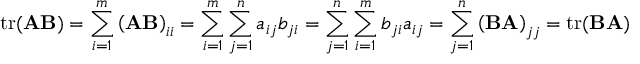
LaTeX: \operatorname { t r } ( \mathbf { A } \mathbf { B } ) = \sum _ { i = 1 } ^ { m } \left( \mathbf { A } \mathbf { B } \right) _ { i i } = \sum _ { i = 1 } ^ { m } \sum _ { j = 1 } ^ { n } a _ { i j } b _ { j i } = \sum _ { j = 1 } ^ { n } \sum _ { i = 1 } ^ { m } b _ { j i } a _ { i j } = \sum _ { j = 1 } ^ { n } \left( \mathbf { B } \mathbf { A } \right) _ { j j } = \operatorname { t r } ( \mathbf { B } \mathbf { A } )